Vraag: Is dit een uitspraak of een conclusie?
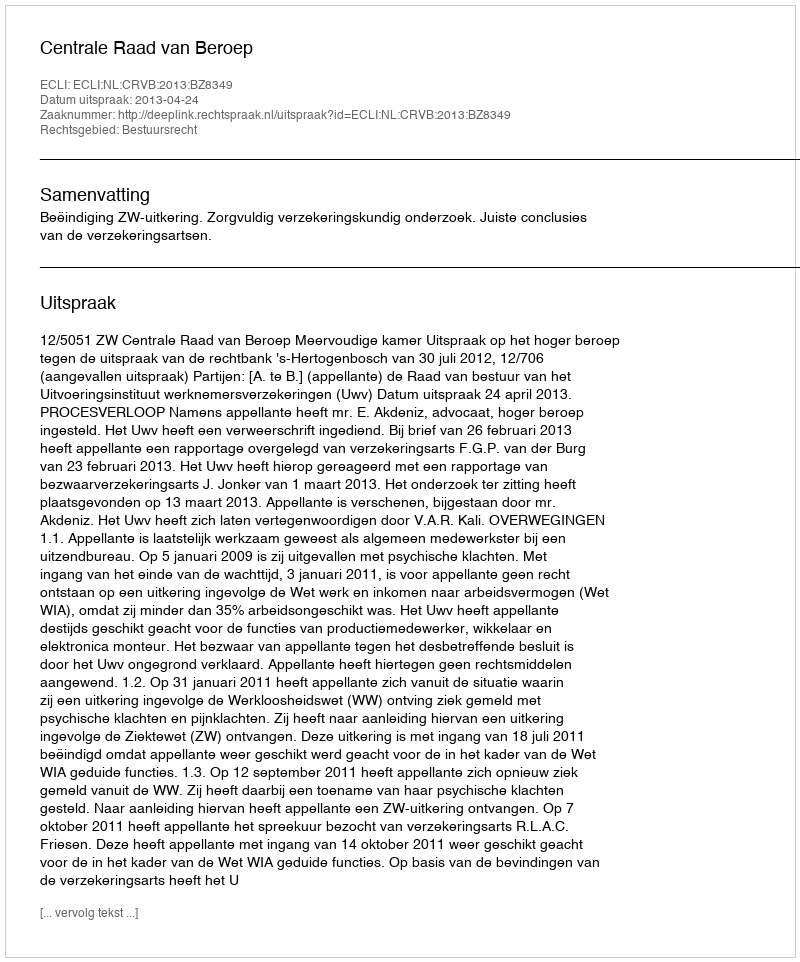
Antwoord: Uitspraak